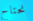
نحتاج